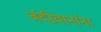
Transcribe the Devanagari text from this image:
बंदीवानांना